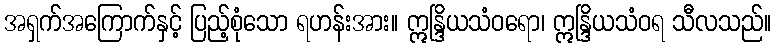
အရှက်အကြောက်နှင့် ပြည့်စုံသော ရဟန်းအား။ ဣန္ဒြိယသံဝရော၊ ဣန္ဒြိယသံဝရ သီလသည်။